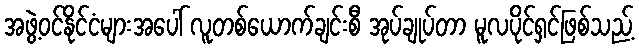
အဖွဲ့ဝင်နိုင်ငံများအပေါ် လူတစ်ယောက်ချင်းစီ အုပ်ချုပ်တာ မူလပိုင်ရှင်ဖြစ်သည့်